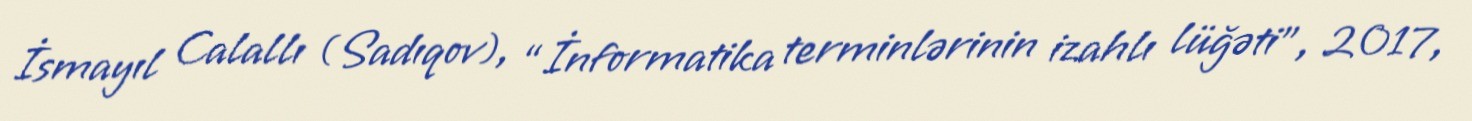
İsmayıl Calallı (Sadıqov), “İnformatika terminlərinin izahlı lüğəti”, 2017,